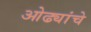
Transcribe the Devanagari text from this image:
ओढ्यांचे